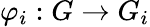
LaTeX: \varphi_{i}:G\rightarrow G_{i}